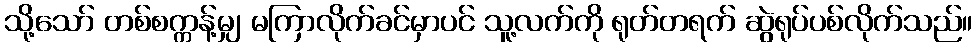
သို့သော် တစ်စက္ကန့်မျှ မကြာလိုက်ခင်မှာပင် သူ့လက်ကို ရုတ်တရက် ဆွဲရုပ်ပစ်လိုက်သည်။